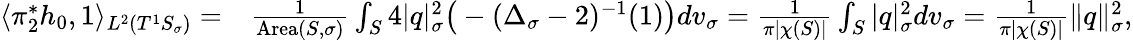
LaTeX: \begin{array}{rl}{\langle\pi_{2}^{*}h_{0},1\rangle_{L^{2}(T^{1}S_{\sigma})}=}&{\frac{1}{\mathrm{Area}(S,\sigma)}\int_{S}4|q|_{\sigma}^{2}\big(-(\Delta_{\sigma}-2)^{-1}(1)\big)dv_{\sigma}=\frac{1}{\pi|\chi(S)|}\int_{S}|q|_{\sigma}^{2}dv_{\sigma}=\frac{1}{\pi|\chi(S)|}\| q\| _{\sigma}^{2},}\end{array}